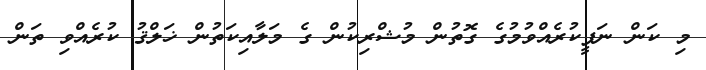
މި ކަން ނަފީކުރެއްވުމުގެ ގޮތުން މުޝްރިކުން ގެ މަލާއިކަތުން ޚަލްޤު ކުރެއްވި ތަން